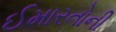
ઈમારતોની